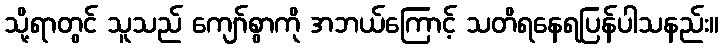
သို့ရာတွင် သူသည် ကျော်စွာကို အဘယ်ကြောင့် သတိရနေရပြန်ပါသနည်း။